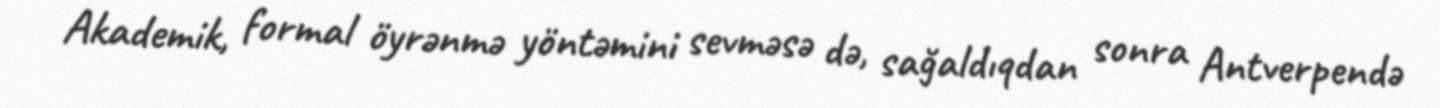
Akademik, formal öyrənmə yöntəmini sevməsə də, sağaldıqdan sonra Antverpendə